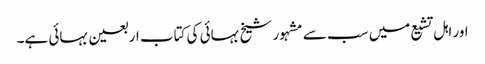
اور اہل تشیع میں سب سے مشہور شیخ بہائی کی کتاب اربعین بہائی ہے۔